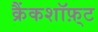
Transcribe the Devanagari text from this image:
क्रैंकशॉफ़्ट